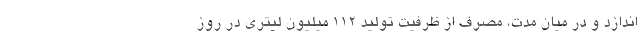
اندازد و در میان مدت، مصرف از ظرفیت تولید ۱۱۲ میلیون لیتری در روز